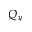
Q _ { y }